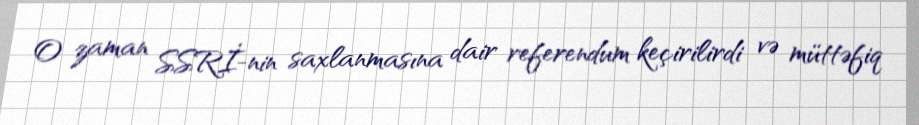
O zaman SSRİ-nin saxlanmasına dair referendum keçirilirdi və müttəfiq